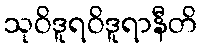
သုဝိဒူရဝိဒူရာနီတိ